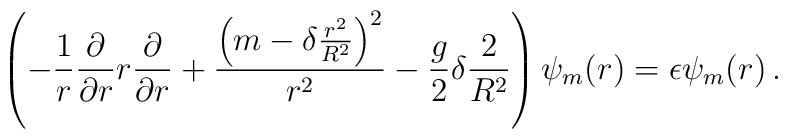
\left(-{1\over r}{\partial\over\partial r}r{\partial\over\partial r} +   {   \left( m-\delta {r^2\over R^2}  \right)^2 \over r^2}   - {g\over 2}\delta {2\over R^2}\right)  \psi_m(r)=\epsilon \psi_m(r)\,.